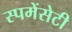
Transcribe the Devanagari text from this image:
स्पमेंसेटी